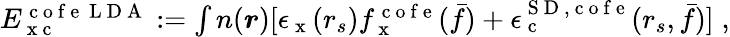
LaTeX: \begin{array}{r}{E_{\mathrm{~x~c~}}^{\mathrm{~c~o~f~e~}\mathrm{~L~D~A~}}:=\int n(\boldsymbol{r})[\epsilon_{\mathrm{~x~}}(r_{s})f_{\mathrm{~x~}}^{\mathrm{~c~o~f~e~}}(\bar{f})+\epsilon_{\mathrm{~c~}}^{{\mathrm{~S~D~}},\mathrm{~c~o~f~e~}}(r_{s},\bar{f})]\; ,}\end{array}